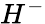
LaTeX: H^{-}